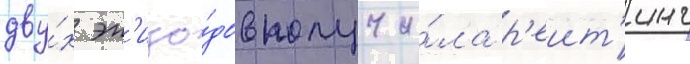
дву́х эп'изо́дов получи́ла р'еит'инг